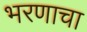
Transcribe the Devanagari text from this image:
भरणाचा